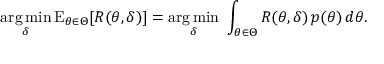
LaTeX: { \underset { \delta } { \operatorname { a r g \, m i n } } } \operatorname { E } _ { \theta \in \Theta } [ R ( \theta , \delta ) ] = { \underset { \delta } { \operatorname { a r g \, m i n } } } \ \int _ { \theta \in \Theta } R ( \theta , \delta ) \, p ( \theta ) \, d \theta .